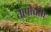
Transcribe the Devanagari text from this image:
तापोच्चता